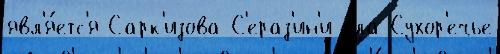
явл'я́етс'я Сарк'изова-С'ераз'ин'и с'́ла Сухор'ечье